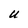
Character: U